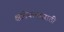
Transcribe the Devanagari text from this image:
क्षत्रीयत्वासाठी